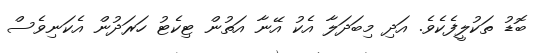
ބޮޑު ތަކުލީފެކެވެ. އަދި މިބަދަލާ އެކު އޭނާ އަތުން ޓިކެޓު ހަރަދުން އެކަނިވެސް